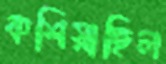
কশিয়াছিল